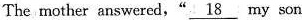
The mother answered," \underline{18}my son